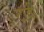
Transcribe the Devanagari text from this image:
टावी